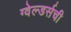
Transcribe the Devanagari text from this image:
ग्वेल्डर्सची